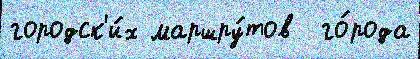
городск'и́х маршру́тов  го́рода